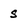
Character: s